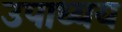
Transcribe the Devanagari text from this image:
उपाध्यय